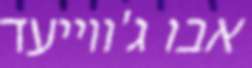
אבו ג'ווייעד